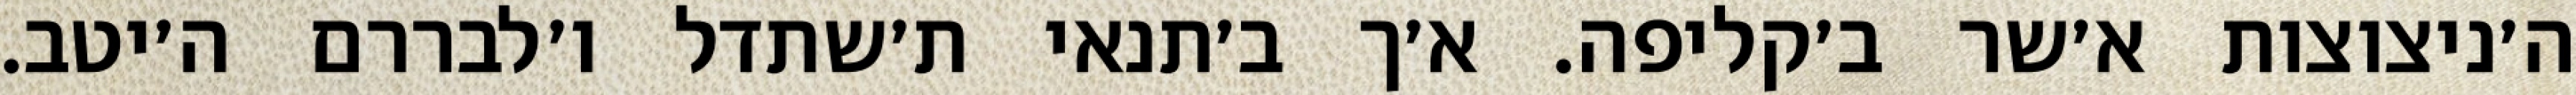
ה׳ניצוצות א׳שר ב׳קליפה. א׳ך ב׳תנאי ת׳שתדל ו׳לבררם ה׳יטב.